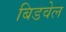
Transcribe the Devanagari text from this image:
बिडवेल